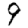
Digit: 9